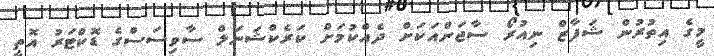
މީގެ އިތުރުން ޝަފާޒް ނިއުރޯ ސާޖަންއަކަށް ދެއްކުމަށް ކަރެކްޝަނަލް ސާވިސަސްގެ ޑޮކްޓަރު އޮތީ